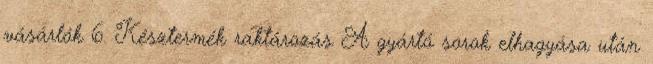
vásárlók 6. Késztermék raktározás A gyártó sorok elhagyása után